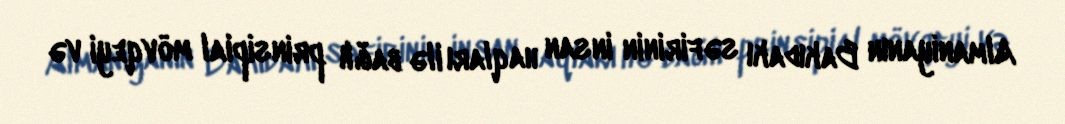
Almaniyanın Bakıdakı səfirinin insan haqları ilə bağlı prinsipial mövqeyi və